Scottish Leaving Certificate Examination, 1956
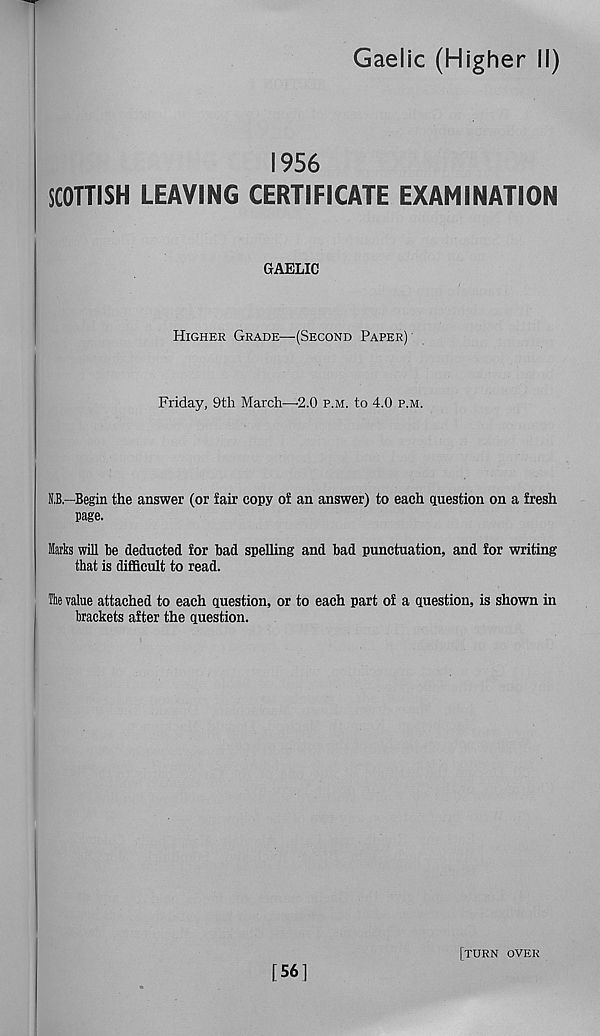
Gaelic (Higher II)
1956
SCOTTISH LEAVING CERTIFICATE EXAMINATION
GAELIC
Higher Grade—(Second Paper)
Friday, 9th March—•2.0 p.m. to 4.0 p.m.
N,B,—Begin the answer (or fair copy of an answer) to each question on a fresh
page.
Marks will be deducted for bad spelling and bad punctuation, and for writing
that is difficult to read.
The value attached to each question, or to each part of a question, is shown in
brackets after the question.
[561
[turn over